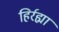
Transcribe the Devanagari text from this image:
हिर्रह्मा